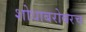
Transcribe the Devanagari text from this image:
शोधाबरोबरच